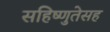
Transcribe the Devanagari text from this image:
सहिष्णुतेसह